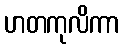
ဟတကုလိကာ